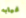
غيابه